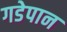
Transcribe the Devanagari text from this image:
गडेपान